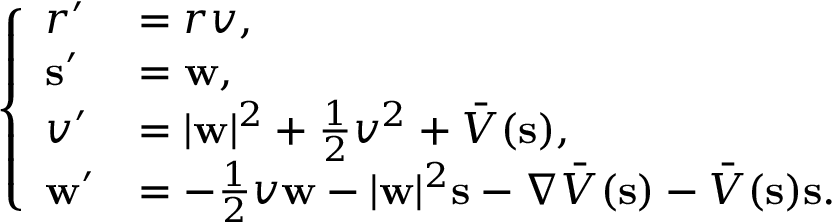
\begin{array} { r } { \left\{ \begin{array} { l l } { r ^ { \prime } } & { = r v , } \\ { \mathbf { s } ^ { \prime } } & { = \mathbf { w } , } \\ { v ^ { \prime } } & { = | \mathbf { w } | ^ { 2 } + \frac { 1 } { 2 } v ^ { 2 } + \bar { V } ( \mathbf { s } ) , } \\ { \mathbf { w } ^ { \prime } } & { = - \frac { 1 } { 2 } v \mathbf { w } - | \mathbf { w } | ^ { 2 } \mathbf { s } - \nabla \bar { V } ( \mathbf { s } ) - \bar { V } ( \mathbf { s } ) \mathbf { s } . } \end{array} \right. } \end{array}